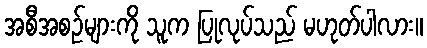
အစီအစဉ်များကို သူက ပြုလုပ်သည် မဟုတ်ပါလား။